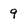
Character: 9